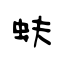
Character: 蚨